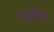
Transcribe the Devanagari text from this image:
म्यूजीयम